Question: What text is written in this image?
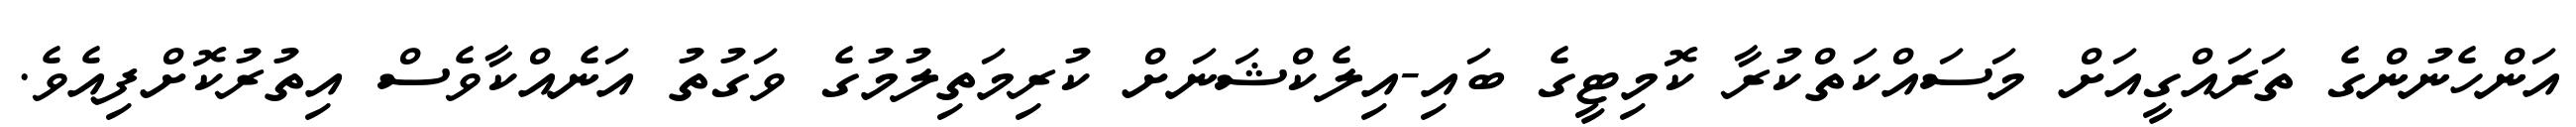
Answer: އަންހެނުންގެ ތަރައްގީއަށް މަސައްކަތްކުރާ ކޮމިޓީގެ ބައި-އިލެކްޝަނަށް ކުރިމަތިލުމުގެ ވަގުތު އަނެއްކާވެސް އިތުރުކޮށްފިއެވެ.